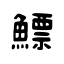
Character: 鰾